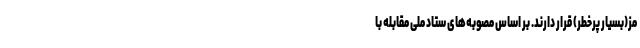
مز(بسیار پرخطر) قرار دارند. بر اساس مُصوبه‌های ستاد ملی مقابله با